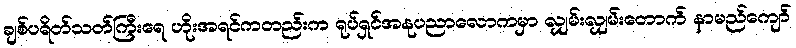
ချစ်ပရိတ်သတ်ကြီးရေ ဟိုးအရင်ကတည်းက ရုပ်ရှင်အနုပညာလောကမှာ လျှမ်းလျှမ်းတောက် နာမည်ကျော်